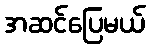
အဆင်ပြေမယ်